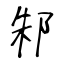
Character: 邾